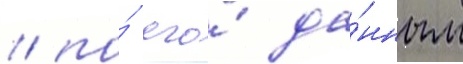
/ по́ его́ да́нным